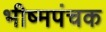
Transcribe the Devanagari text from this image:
भीष्मपंचक